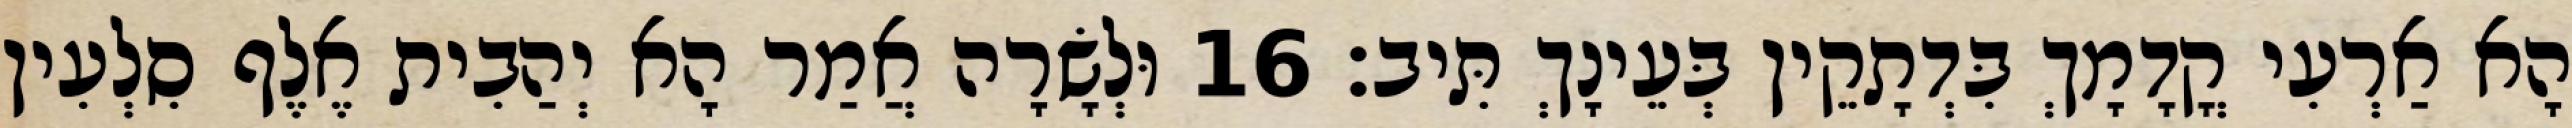
הָא אַרְעִי קֳדָמָךְ בִּדְתָקֵין בְּעֵינָךְ תִּיב׃ 16 וּלְשָׂרָה אֲמַר הָא יְהַבִית אֶלֶף סִלְעִין